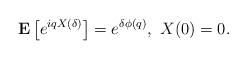
LaTeX: \begin{align*}{\bf E}\left[e^{i q X(\delta)}\right] = e^{\delta\phi(q)}, \,\,X(0)=0.\end{align*}